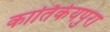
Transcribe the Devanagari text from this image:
कार्तिकेयपुरा